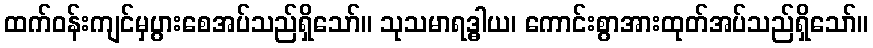
ထက်ဝန်းကျင်မှပွားစေအပ်သည်ရှိသော်။ သုသမာရဒ္ဓါယ၊ ကောင်းစွာအားထုတ်အပ်သည်ရှိသော်။